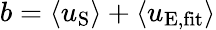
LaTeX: b=\langle u_{\mathrm{S}}\rangle+\langle u_{\mathrm{E,fit}}\rangle